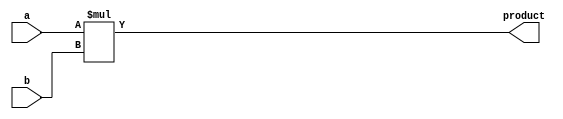
module mult4x4 (a, b, product);
  input [3:0] a, b;
  output [7:0] product;

  reg [7:0] product ;

always@(a or b)
  product <= a * b;

endmodule